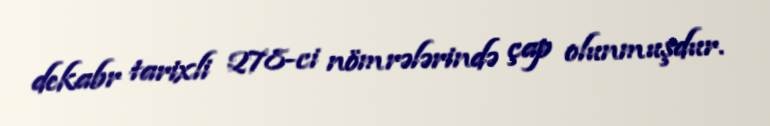
dekabr tarixli 278-ci nömrələrində çap olunmuşdur.